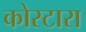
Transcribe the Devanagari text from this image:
कोस्‍टारा